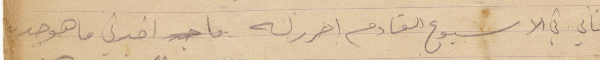
فاني في الأسبوع القادم احرر له ما اخبرني ما هو جديد